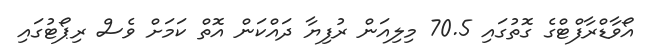
އޯވާޑްރާފްޓްގެ ގޮތުގައި 70.5 މިލިއަން ރުފިޔާ ދައްކަން އޮތް ކަމަށް ވެސް ރިޕޯޓުގައި